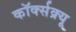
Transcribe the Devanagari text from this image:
कॉर्क्सक्र्यू